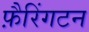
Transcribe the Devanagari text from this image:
फ़ैरिंगटन